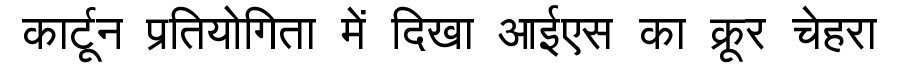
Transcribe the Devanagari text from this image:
कार्टून प्रतियोगिता में दिखा आईएस का क्रूर चेहरा